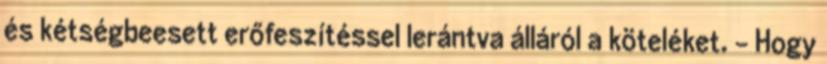
és kétségbeesett erőfeszítéssel lerántva álláról a köteléket. - Hogy